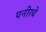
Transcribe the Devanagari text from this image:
पनीरचे